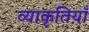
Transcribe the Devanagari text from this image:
व्याकृतियाँ